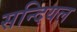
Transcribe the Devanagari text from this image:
सन्दियल